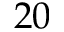
2 0